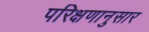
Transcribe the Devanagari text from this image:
परिक्षणानुसार